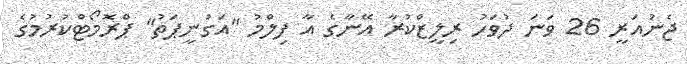
ޖެނުއަރީ 26 ވަނަ ދުވަހު ރިލީޒްކުރާ އޭނާގެ އާ ފިލްމު "އަގުނީޕަތު" ޕްރޮމޯޓްކުރުމުގެ